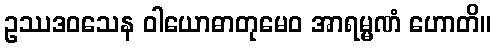
ဥဿဒဝသေန ဝါယောဓာတုမေဝ အာရမ္မဏံ ဟောတိ။